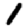
Digit: 1